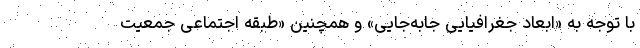
با توجه به «ابعاد جغرافیایی جابه‌جایی» و همچنین «طبقه اجتماعی جمعیت